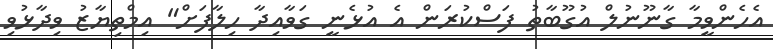
އެހެންވީމާ ގާނޫނުލް އުގޫބާތު ފަސްކުރަން އެ އުޅެނީ ގަވާއިދާ ހިލާފަށް" އިމްތިޔާޒު ވިދާޅުވި